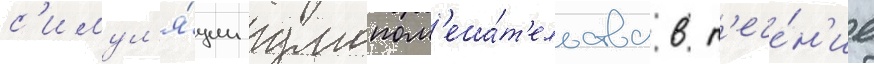
с'имул'я́ции умопом'еша́т'ельства в т'ече́н'ие